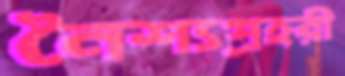
নৈশ্যপ্রহরী